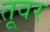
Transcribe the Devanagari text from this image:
तूवर